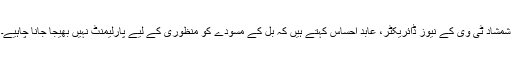
شمشاد ٹی وی کے نیوز ڈائریکٹر، عابد احساس کہتے ہیں کہ بل کے مسودے کو منظوری کے لیے پارلیمنٹ نہیں بھیجا جانا چاہیے۔